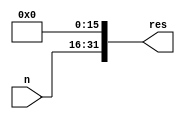
module lui(
    input [15:0] n,
    output [31:0] res
);


assign res = {n,16'b0};

endmodule